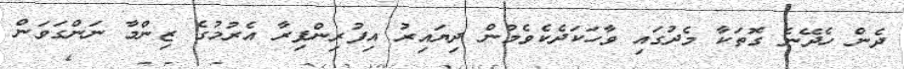
ދެން ހެދޭނެ ގޮތަކާ މެދުގައި ވާހަކަދެކެވެމުން ދިޔައިރު އިފުރިންފިރާ އެރުމުގެ ޒިންމާ ނަންގަވަން